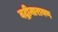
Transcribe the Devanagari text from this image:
वद्रीनारायण